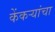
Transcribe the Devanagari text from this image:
केंकर्‍यांचा